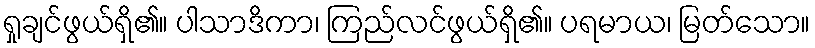
ရှုချင်ဖွယ်ရှိ၏။ ပါသာဒိကာ၊ ကြည်လင်ဖွယ်ရှိ၏။ ပရမာယ၊ မြတ်သော။